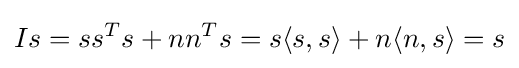
Is=ss^{T}s+nn^{T}s=s\langle s,s\rangle +n\langle n,s\rangle =s